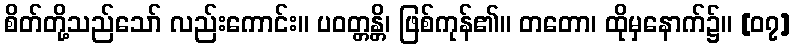
စိတ်တို့သည်သော် လည်းကောင်း။ ပဝတ္တန္တိ၊ ဖြစ်ကုန်၏။ တတော၊ ထိုမှနောက်၌။ [၀၇]